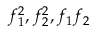
f _ { 1 } ^ { 2 } , f _ { 2 } ^ { 2 } , f _ { 1 } f _ { 2 }